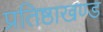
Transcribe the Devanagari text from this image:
प्रतिष्ठाखण्ड